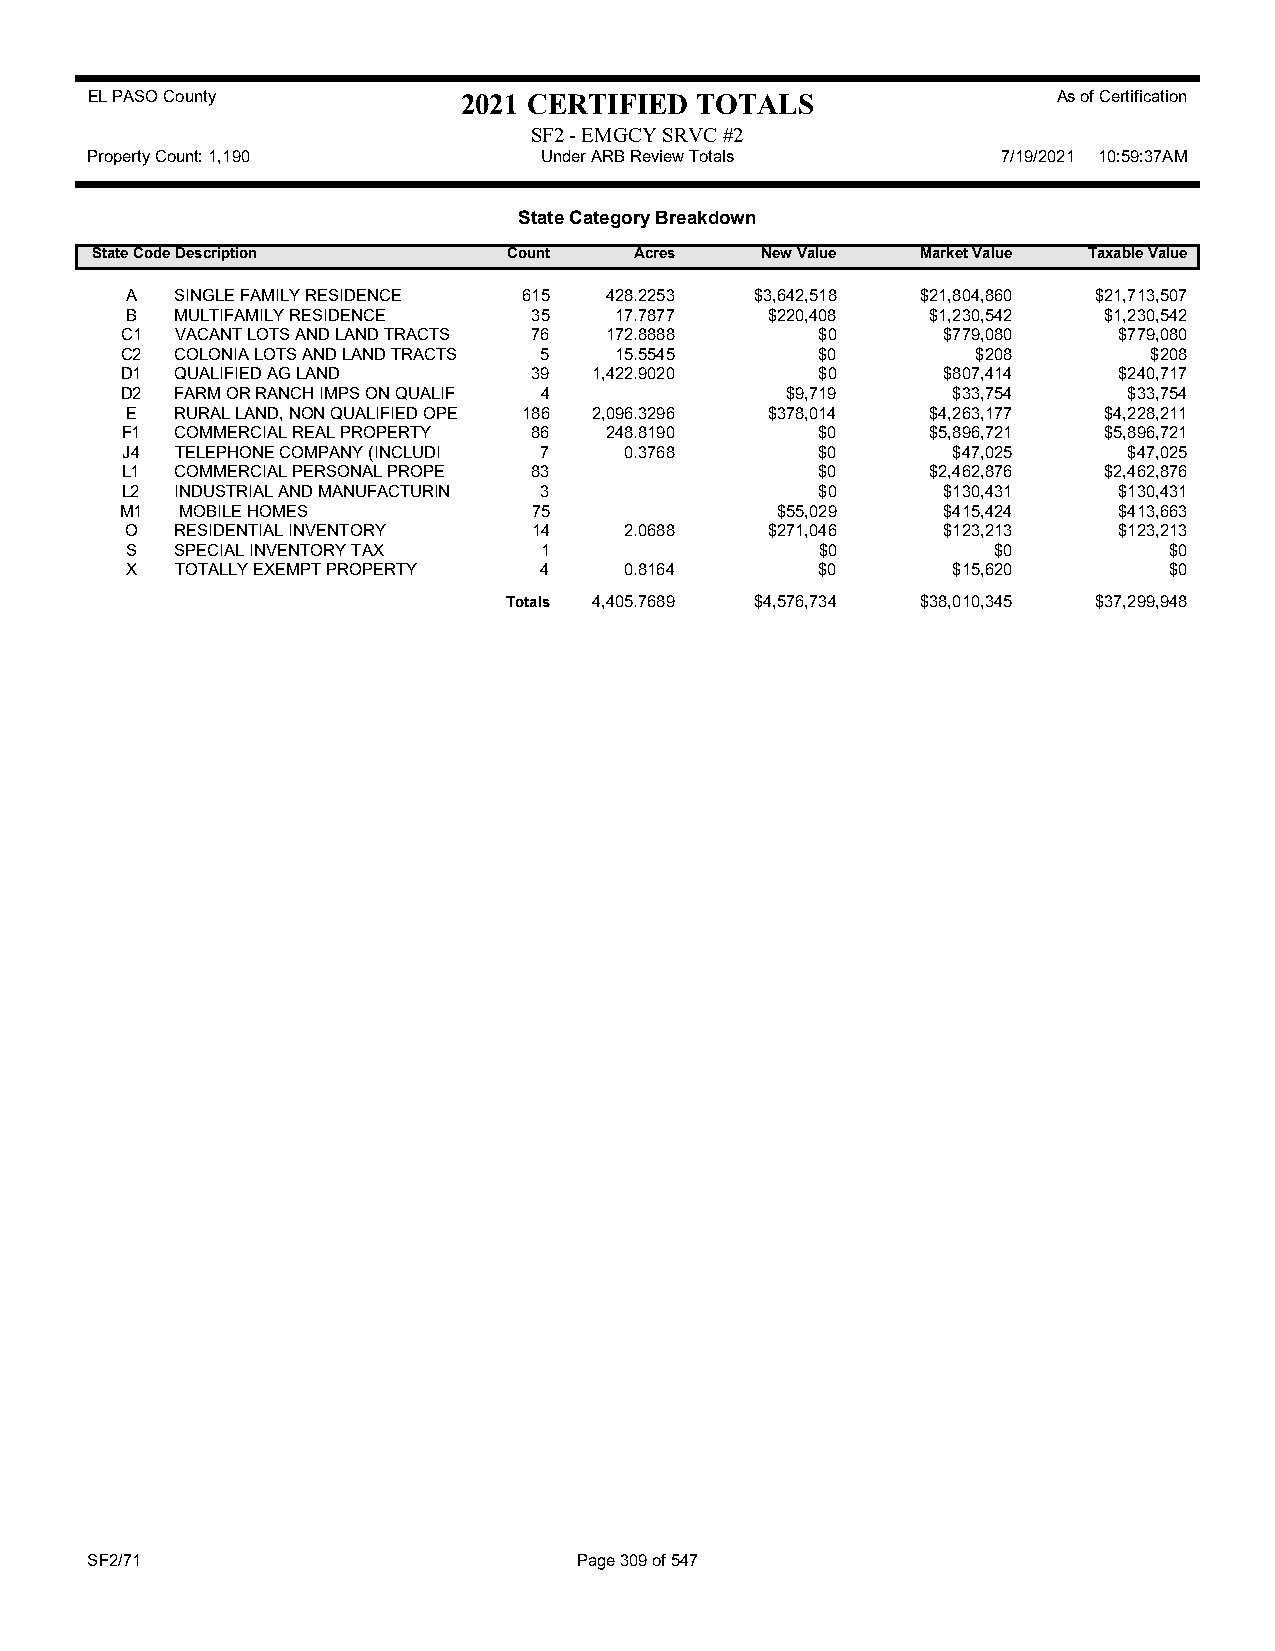
EL PASO County           2021 CERTIFIED TOTALS                  As of Certification
 SF2 - EMGCY SRVC #2
 Property Count: 1,190         Under ARB Review Totals       7/19/2021 10:59:37AM
 State Category Breakdown
 State CodeDescription       Count   Acres   New Value  Market Value Taxable Value
 A   SINGLE FAMILY RESIDENCE 615 428.2253  $3,642,518 $21,804,860 $21,713,507
 B   MULTIFAMILY RESIDENCE  35    17.7877   $220,408   $1,230,542 $1,230,542
 C1  VACANT LOTS AND LAND TRACTS 76 172.8888   $0      $779,080    $779,080
 C2  COLONIA LOTS AND LAND TRACTS 5 15.5545    $0         $208       $208
 D1  QUALIFIED AG LAND      39  1,422.9020     $0      $807,414    $240,717
 D2  FARM OR RANCH IMPS ON QUALIF 4          $9,719     $33,754     $33,754
 E   RURAL LAND, NON QUALIFIED OPE 186 2,096.3296 $378,014 $4,263,177 $4,228,211
 F1  COMMERCIAL REAL PROPERTY 86 248.8190      $0      $5,896,721 $5,896,721
 J4  TELEPHONE COMPANY (INCLUDI 7 0.3768       $0       $47,025     $47,025
 L1  COMMERCIAL PERSONAL PROPE 83              $0      $2,462,876 $2,462,876
 L2  INDUSTRIAL AND MANUFACTURIN 3             $0      $130,431    $130,431
 M1  MOBILE HOMES           75              $55,029    $415,424    $413,663
 O   RESIDENTIAL INVENTORY  14    2.0688    $271,046   $123,213    $123,213
 S   SPECIAL INVENTORY TAX   1                 $0          $0         $0
 X   TOTALLY EXEMPT PROPERTY 4    0.8164       $0       $15,620       $0
 Totals 4,405.7689 $4,576,734 $38,010,345 $37,299,948
 SF2/71                          Page 309 of 547